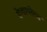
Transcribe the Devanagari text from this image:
वेण्डाव्लेल्स